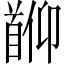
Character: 𬳖